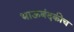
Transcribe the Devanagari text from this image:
भाऊबंदकीच